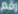
رقم